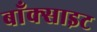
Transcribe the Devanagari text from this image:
बाँक्साइट